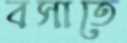
বসাতে